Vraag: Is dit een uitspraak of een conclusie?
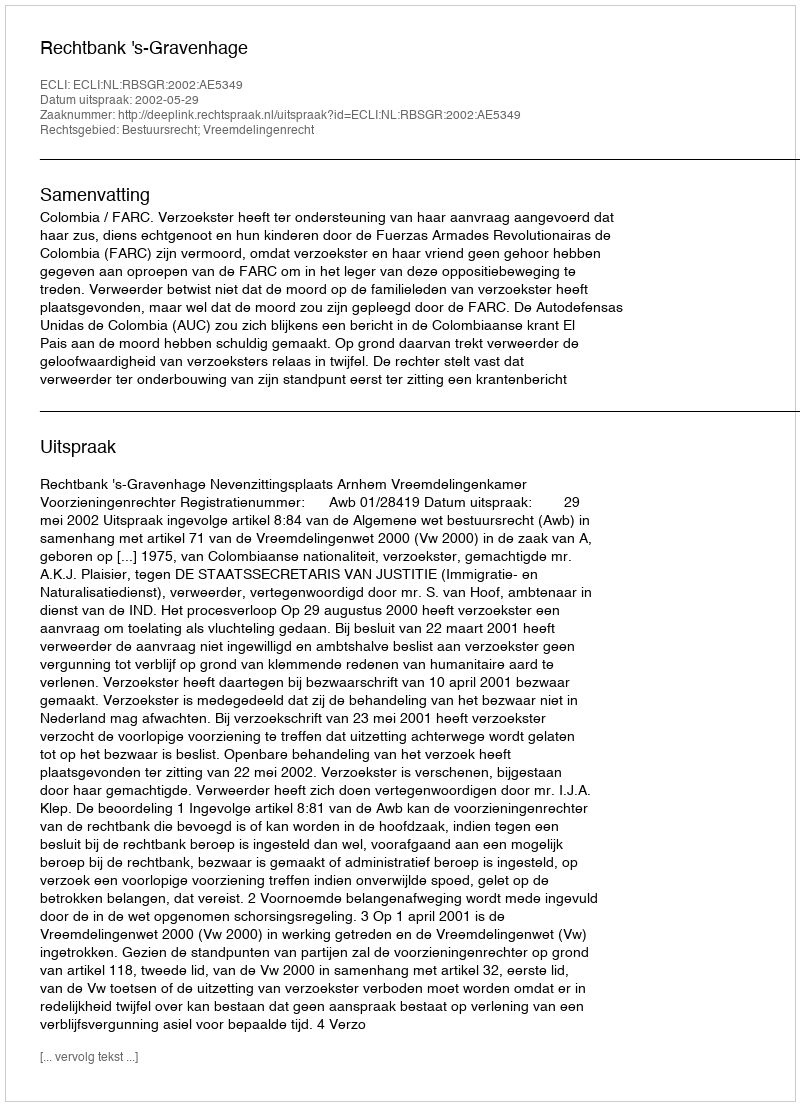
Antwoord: Uitspraak